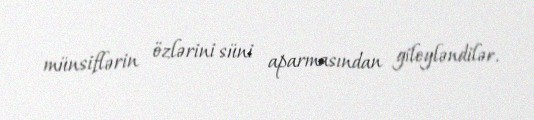
münsiflərin özlərini süni aparmasından gileyləndilər.